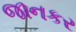
જાનકર